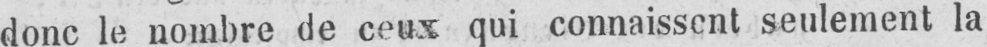
donc le nombre de ceux qui connaissent seulement la